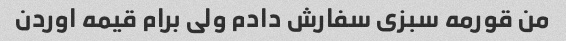
من قورمه سبزی سفارش دادم ولی برام قیمه اوردن